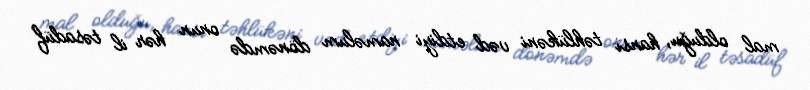
mal olduğu, hansı təhlükəni vəd etdiyi naməlum dönəmdə onun hər il təsadüf